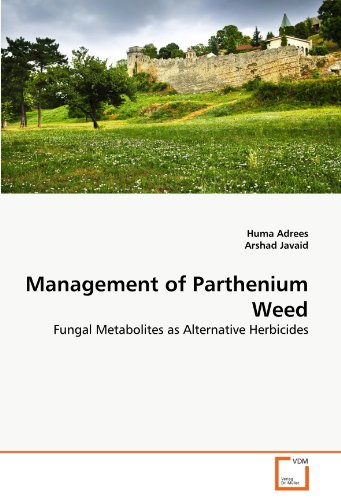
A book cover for Management of Parthenium Weed: Fungal Metabolites as Alternative Herbicides; Huma Adrees; Medical Books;